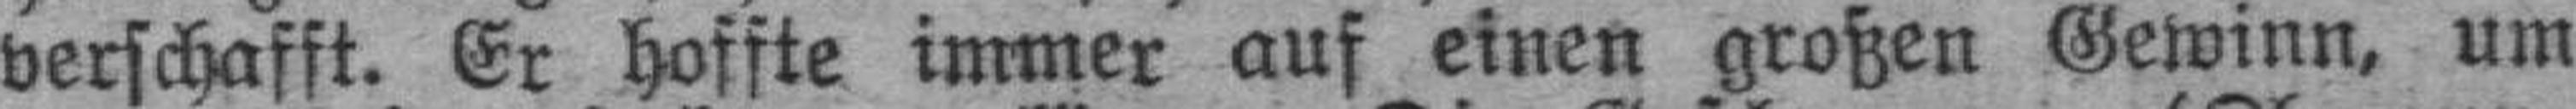
verschafft. Er hoffte immer auf einen großen Gewinn, um